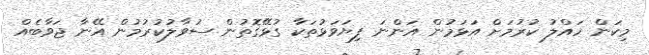
މިކަން ހައްލު ކުރުމަށް އަޅަމުން އަންނަ ފިޔަވަޅުތަކާ ގުޅޭގޮތުން ސުވާލުކުރުމުން އޭނާ ޖަވާބެއް